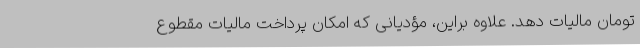
تومان مالیات دهد. علاوه براین، مؤدیانی که امکان پرداخت مالیات مقطوع